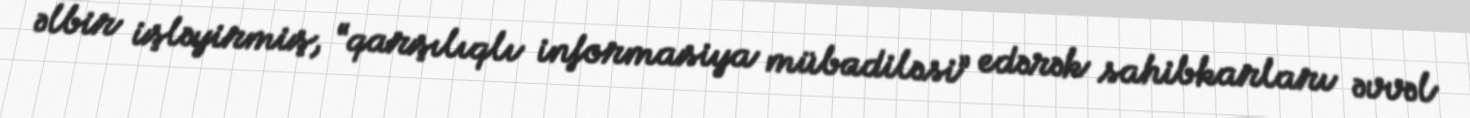
əlbir işləyirmiş, “qarşılıqlı informasiya mübadiləsi” edərək sahibkarları əvvəl